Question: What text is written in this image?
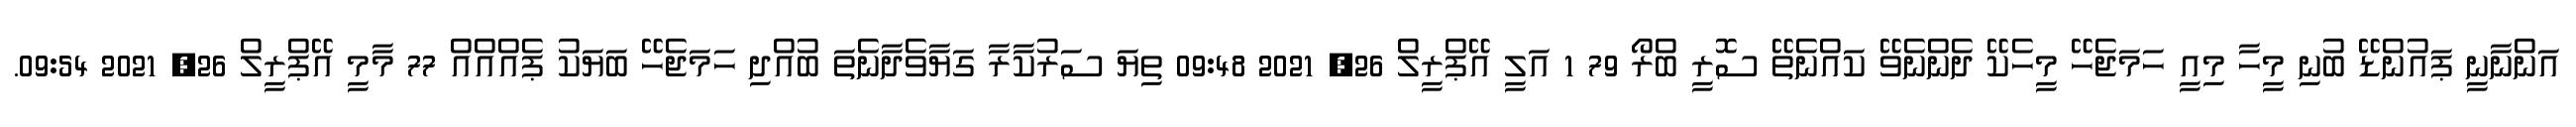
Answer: އަންނާނީ ޕައުންޑޭ ބުނި މީހާ މިއީ ހަމަޖެހޭ މީހެކޭ ދެންނެވޭ ކައްނެތޭ ސޮރީ ބްރޯ 79 1 އަލީ އޭޕްރީލް 26, 2021 09:48 ތިޔަ ސަރުކާރާ ގަޔާވެދާނެތަ ބުއްދި ހަމަޖެހޭ ބަޔަކު ޕެއްއްއް 77 މާމީ އޭޕްރީލް 26, 2021 09:54.